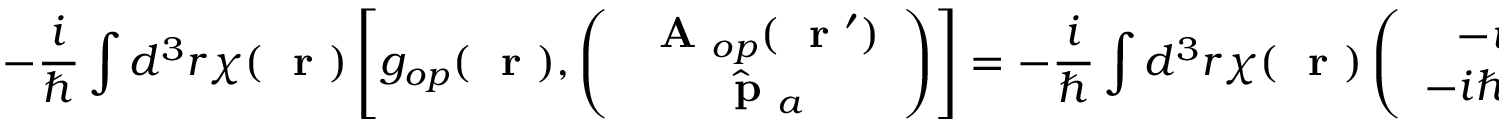
- \frac { i } { \hbar } \int d ^ { 3 } r \chi ( \mathrm { ~ \bf ~ r ~ } ) \left[ g _ { o p } ( \mathrm { ~ \bf ~ r ~ } ) , \left( \begin{array} { c } { \mathrm { ~ \bf ~ A ~ } _ { o p } ( \mathrm { ~ \bf ~ r ~ } ^ { \prime } ) } \\ { \hat { \mathrm { ~ \bf ~ p ~ } } _ { a } } \end{array} \right) \right] = - \frac { i } { \hbar } \int d ^ { 3 } r \chi ( \mathrm { ~ \bf ~ r ~ } ) \left( \begin{array} { c } { - i \hbar \nabla _ { \mathrm { ~ \bf ~ r ~ } } \delta ( \mathrm { ~ \bf ~ r ~ } - \mathrm { ~ \bf ~ r ~ } ^ { \prime } ) } \\ { - i \hbar q _ { a } \nabla _ { \mathrm { ~ \bf ~ r ~ } } \delta ( \mathrm { ~ \bf ~ r ~ } - \mathrm { ~ \bf ~ r ~ } _ { a } ) } \end{array} \right)